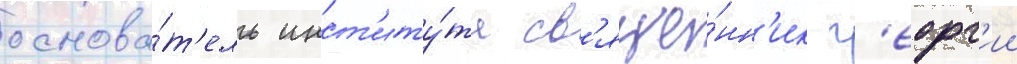
основа́т'ель инст'иту́та св'яще́нн'ик г'еорг'ии